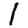
Digit: 1